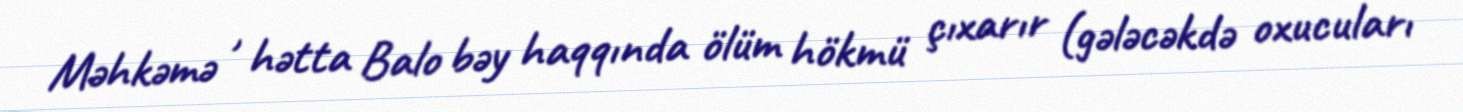
Məhkəmə , hətta Balo bəy haqqında ölüm hökmü çıxarır (gələcəkdə oxucuları